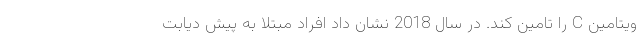
ویتامین C را تامین کند. در سال 2018 نشان داد افراد مبتلا به پیش دیابت